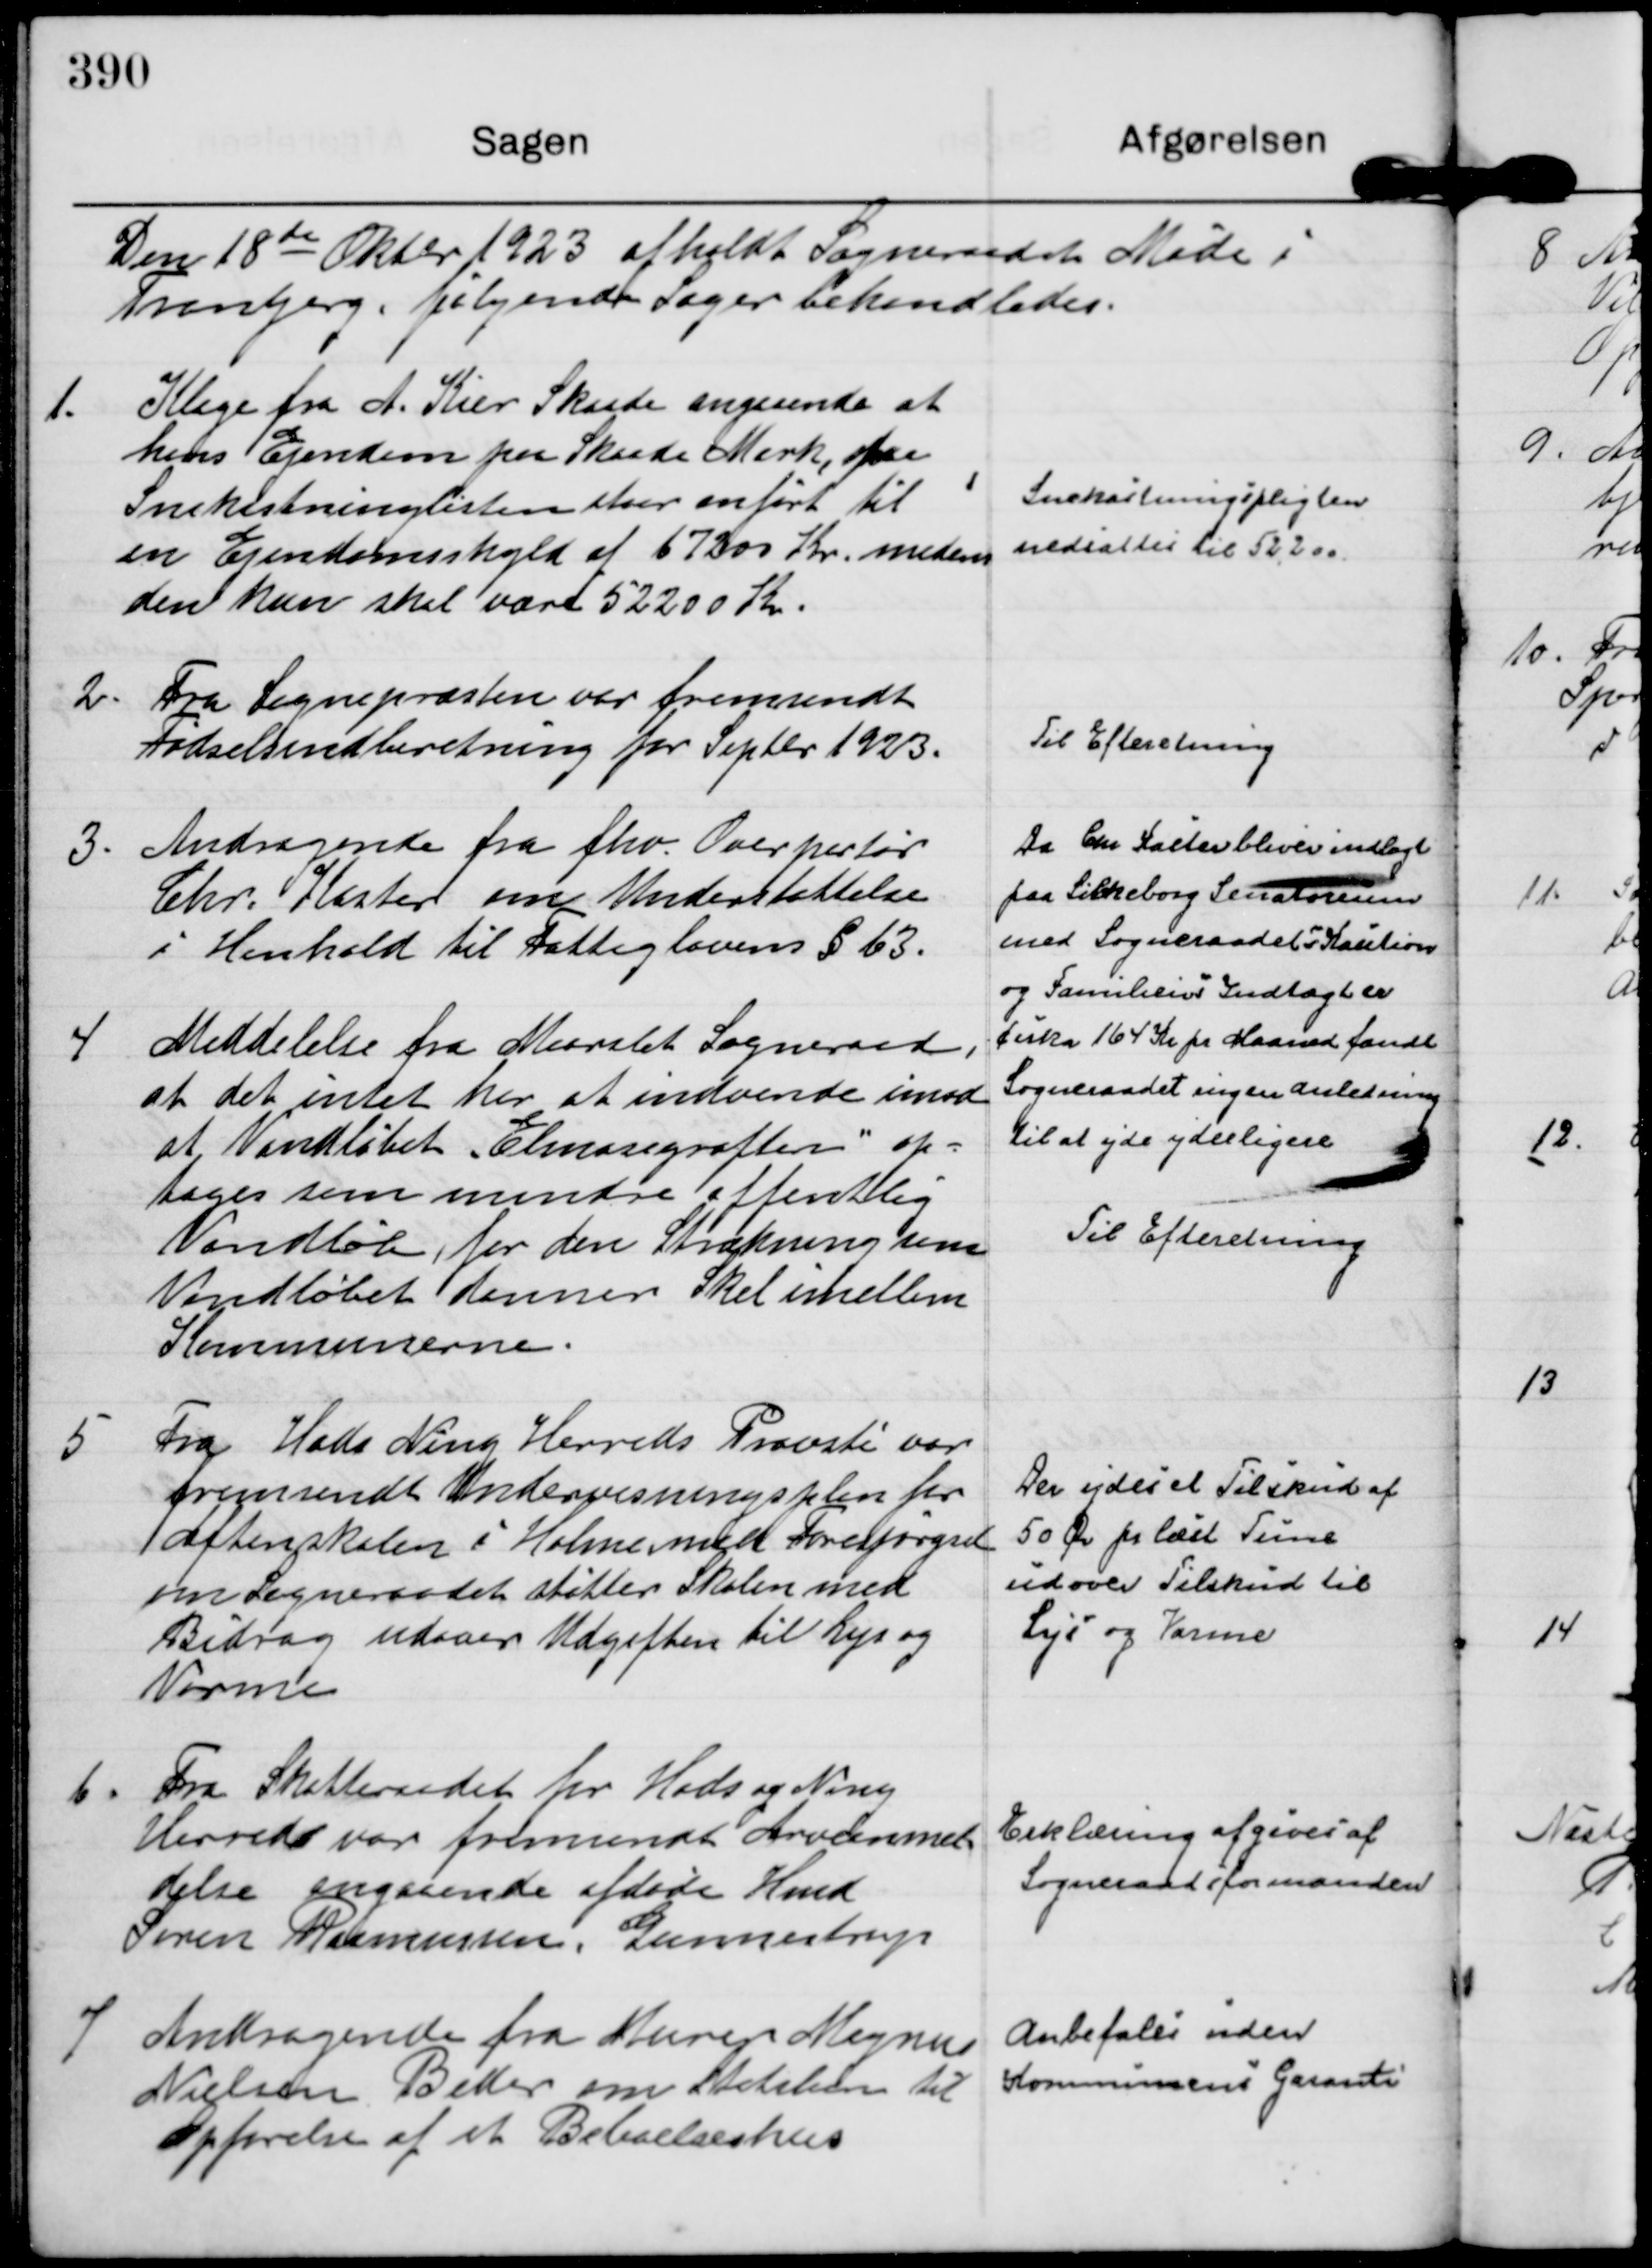
Transskription:
Den 18 de Oktbr 1923 afholdt Sogneraadet Møde i 
Tranbjerg, følgende Sager behandledes.

1.
Klage fra A. Kier Skaade angaaende at
hans Ejendom paa Skaade Mark, paa
Snekastninglisten staar anført til
en Ejendomsskyld af 67300 Kr. medens
den kun skal være 52200 Kr.

Snekastningspligten
nedsættes til 52.200.

2.
Fra Sognepræsten var fremsendt
Fødselsindberetning for Septbr 1923.

Til Efteretning

3.
Andragende fra fhv. Overportør
Chr. Koster om Understøttelse
i Henhold til Fattiglovens § 63.

Da Chr Koster blev indlagt 
paa Silkeborg Senatorium
med Sogneraadets Kaution
og Familiens Indtægter
cirka 164 Kr pr Maaned fandt
Sogneraadet ingen anledning
til at yde yderligere

4
Meddelelse fra Maarslet Sogneraad,
at det intet har at indvende imod
at Vandløb "Elmosegrøften" op= 
tages som mindre offentlig
Vandløb, for den Strækning som
Vandløbet danner Skel imellem
Kommunerne.

Til Efteretning

5
Fra Hads Ning Herreds Provsti var
fremsendt Undervisningsplan for
Aftenskolen i Holme med Forespørgsel
om Sogneraadet støtter Skolen med
Bidrag udover Udgiften til Lys og
Varme

Der ydes et Tilskud af
50 Øre pr læst Time
udover Tilskud til
Lys og Varme

6.
Fra Skatteraadet for Hads og Ning
Herreds var fremsendt Arveanmel=
delse angaaende afdøde Hmd
Søren Rasmussen, Gunnestrup

Erklæring afgives af
Sogneraadsformanden

7
Andragende fra Murer Magnus
Nielsen Beder om Statslaan til
Opførelse af et Beboelseshus

Anbefales uden
Kommunens Garanti